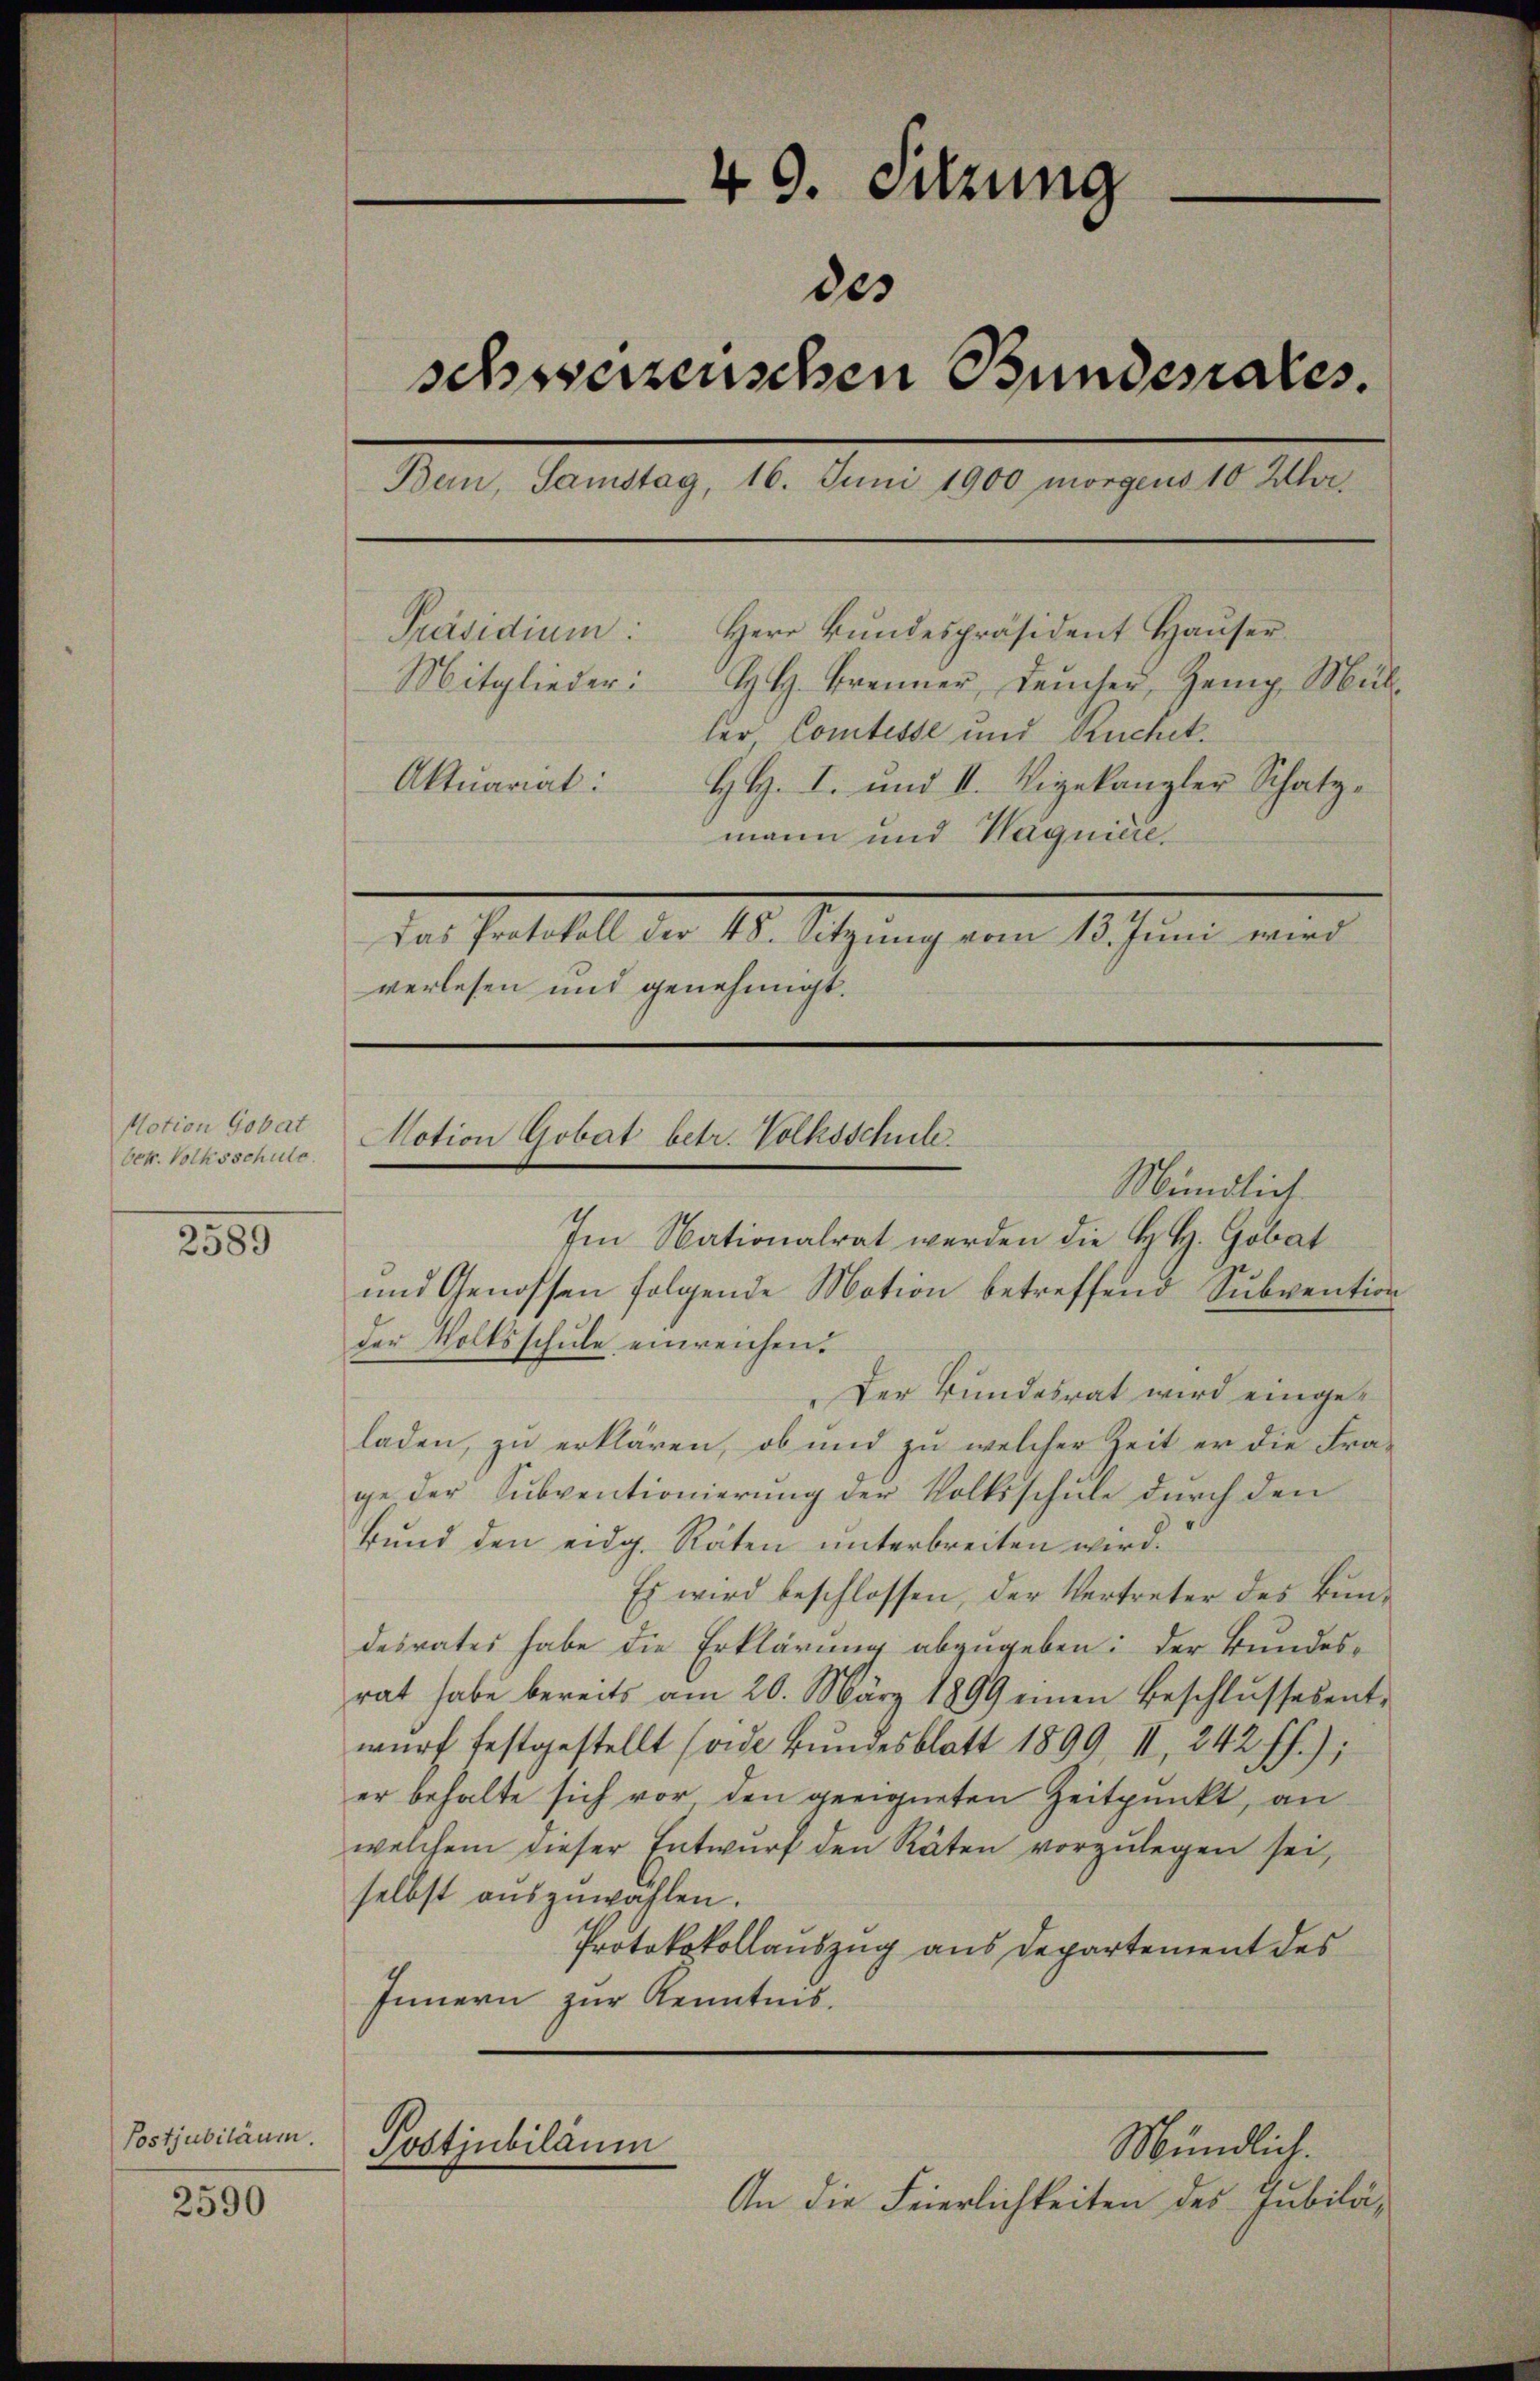
Notion Gobat
Oet. Volksschule.

2589

Postjubiläum.

2590

49. Sitzung
des
schwerzenschen Bundesrates.
Bern, Samstag, 16. Juni 1900 morgens 10 Uhr¬
Herr Bundespräsident Hauser.
Präsidium:
Mitglieder:
H. H. Brenner, Leucher, Zeig. Müller, Comtesse und Ruchel¬
Aktuariat:
H. H. I. und II. Vigekanzler Schatzmann und Wagniere,
Das Protokoll der 48. Sitzung vom 13. Juni wird
verlesen und genehmigt.
Notion Gobat betr. Volksschule

Mündlich
und Genossen folgende Motion betreffend Subvention
Der Bundesrat wird eingeladen, zu erklären, ob und zu welcher Zeit er die Fra-
ge der Subventionierung der Volksschule durch den
Bŭnd den eidg. Räten ŭnterbreiten wird.
Es wird beschlossen, der Vertreter des Bundesrates habe die Erklärung abzugeben: der Bundes-
rat habe bereits am 20. März 1899 einen Beschlussesent-
wŭrf festgestellt sonde Bundesblatt 1899, II, 242 ff.);
er behalte sich vor den geeigneten Zeitpunkt, an
welchem dieser Entwŭrf den Räten vorzŭlegen sei,
selbst auszuwählen.
Protokokollauszug aus Departement des
Innern zur Kenntnis.

Im Nationalrat werden die H. H. Gobat

der Volksschule einreichen.

Postjubiläum
Mündlich.
An die Feierlichkeiten des Jubilä¬